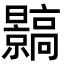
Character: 䯫